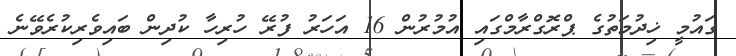
ގައުމީ ޚިދުމަތުގެ ޕްރޮގްރާމްގައި އުމުރުން 16 އަހަރު ފުރޭ ހުރިހާ ކުދިން ބައިވެރިކުރެވޭނެ